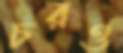
চরও